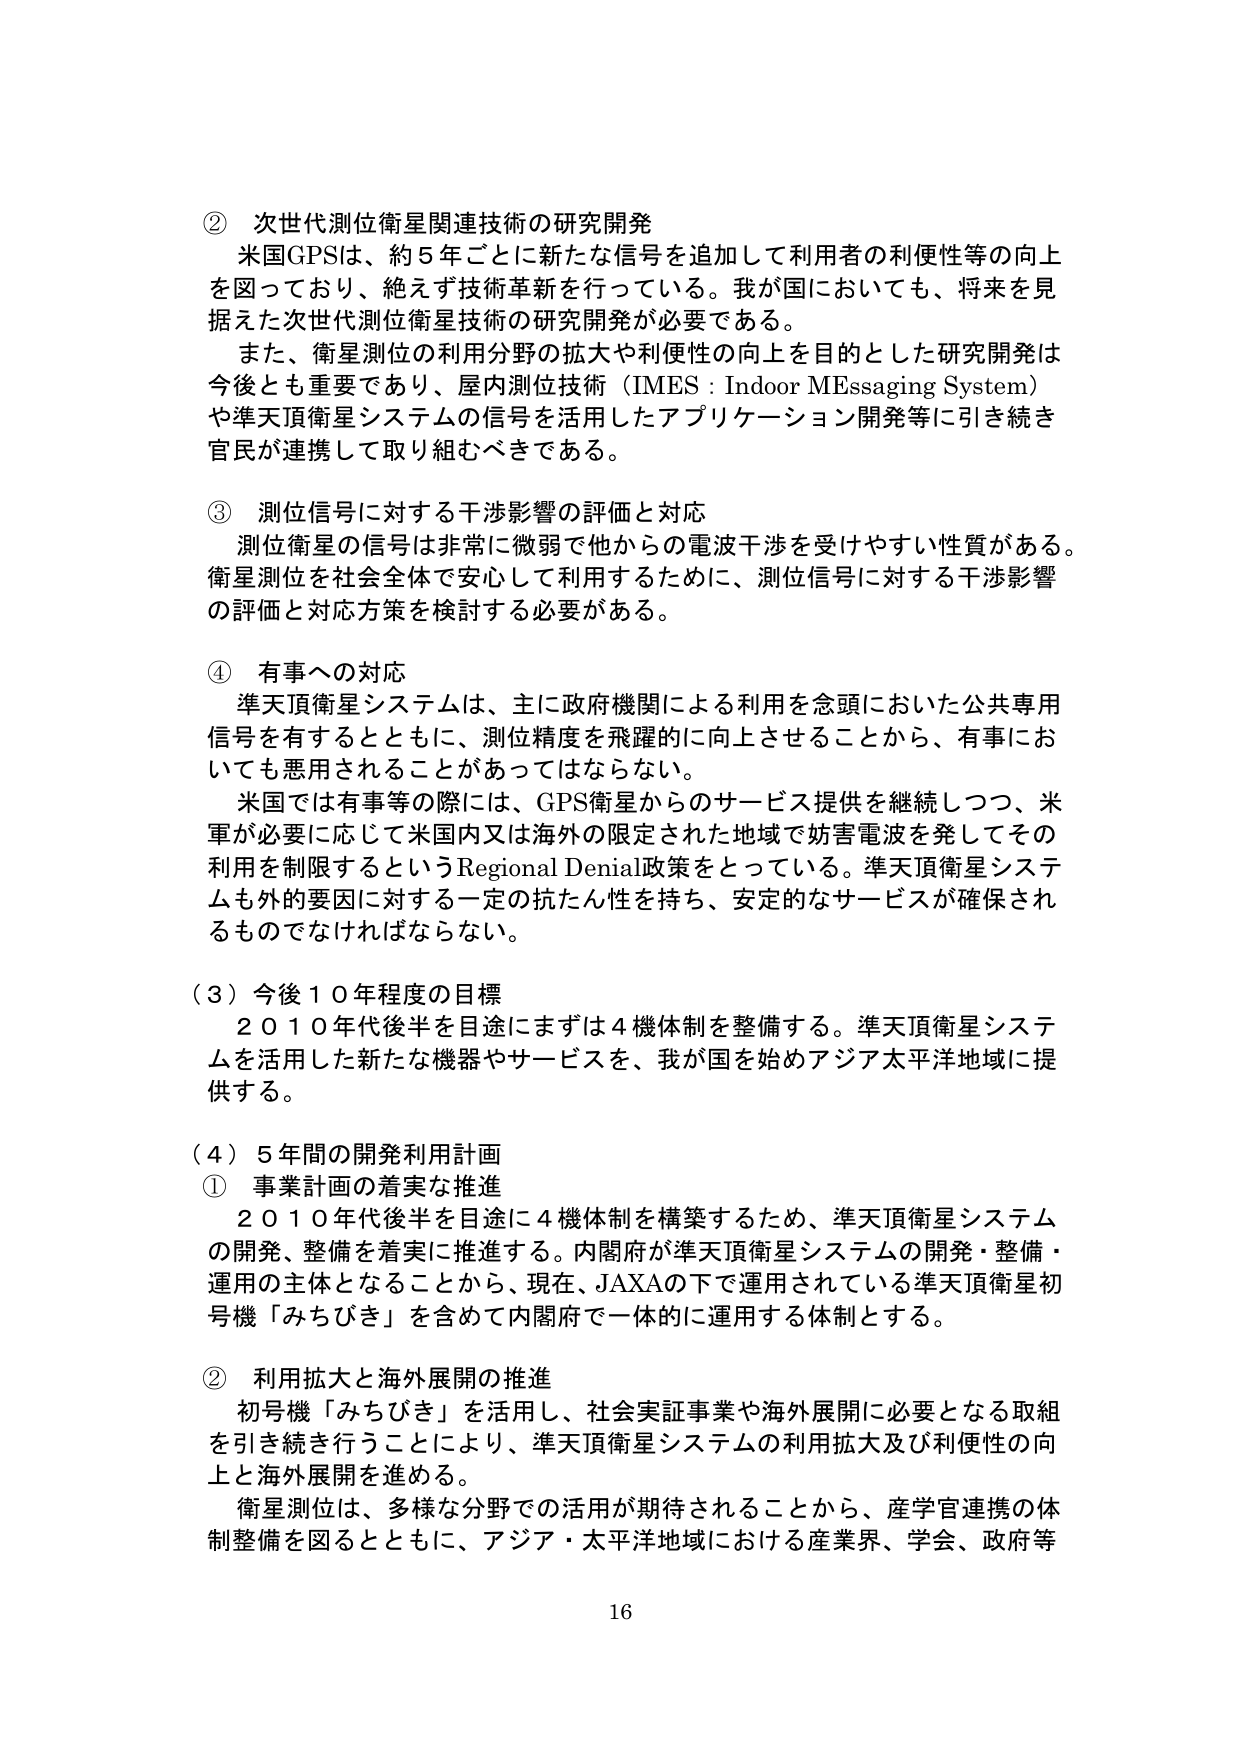
② 次世代測位衛星関連技術の研究開発
米国GPSは、約5年ごとに新たな信号を追加して利用者の利便性等の向上を図っており、絶えず技術革新を行っている。我が国においても、将来を見据えた次世代測位衛星技術の研究開発が必要である。
また、衛星測位の利用分野の拡大や利便性の向上を目的とした研究開発は今後とも重要であり、屋内測位技術（IMES：Indoor MEssaging System）や準天頂衛星システムの信号を活用したアプリケーション開発等に引き続き官民が連携して取り組むべきである。

③ 測位信号に対する干渉影響の評価と対応
測位衛星の信号は非常に微弱で他からの電波干渉を受けやすい性質がある。衛星測位を社会全体で安心して利用するために、測位信号に対する干渉影響の評価と対応方策を検討する必要がある。

④ 有事への対応
準天頂衛星システムは、主に政府機関による利用を念頭においた公共専用信号を有するとともに、測位精度を飛躍的に向上させることから、有事においても悪用されることがあってはならない。
米国では有事等の際には、GPS衛星からのサービス提供を継続しつつ、米軍が必要に応じて米国内又は海外の限定された地域で妨害電波を発してその利用を制限するというRegional Denial政策をとっている。準天頂衛星システムも外的要因に対する一定の抗たん性を持ち、安定的なサービスが確保されるものでなければならない。

（３）今後10年程度の目標
2010年代後半を目途にまずは4機体制を整備する。準天頂衛星システムを活用した新たな機器やサービスを、我が国を始めアジア太平洋地域に提供する。

（４）5年間の開発利用計画
① 事業計画の着実な推進
2010年代後半を目途に4機体制を構築するため、準天頂衛星システムの開発、整備を着実に推進する。内閣府が準天頂衛星システムの開発・整備・運用の主体となることから、現在、JAXAの下で運用されている準天頂衛星初号機「みちびき」を含めて内閣府で一体的に運用する体制とする。

② 利用拡大と海外展開の推進
初号機「みちびき」を活用し、社会実証事業や海外展開に必要となる取組を引き続き行うことにより、準天頂衛星システムの利用拡大及び利便性の向上と海外展開を進める。
衛星測位は、多様な分野での活用が期待されることから、産学官連携の体制整備を図るとともに、アジア・太平洋地域における産業界、学会、政府等

16